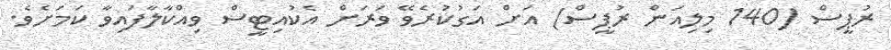
ރުޕީސް (140 މިލިއަން ރުޕީސް) އަށް އަގުކުރެވޭ ވަރަށް އެކުއިޓީސް ވިއްކާލާފައިވާ ކަމަށެވެ.